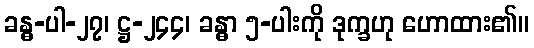
ခန္ဓ-ပါ-၂၇၊ ဋ္ဌ-၂၄၄၊ ခန္ဓာ ၅-ပါးကို ဒုက္ခဟု ဟောထား၏။